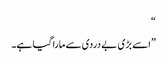
“
”اسے بڑی بے دردی سے مارا گیا ہے۔